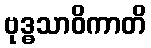
ဗုဒ္ဓသာဝိကာတိ